Parnu_Linna_Vaeslastekohus, lk 7
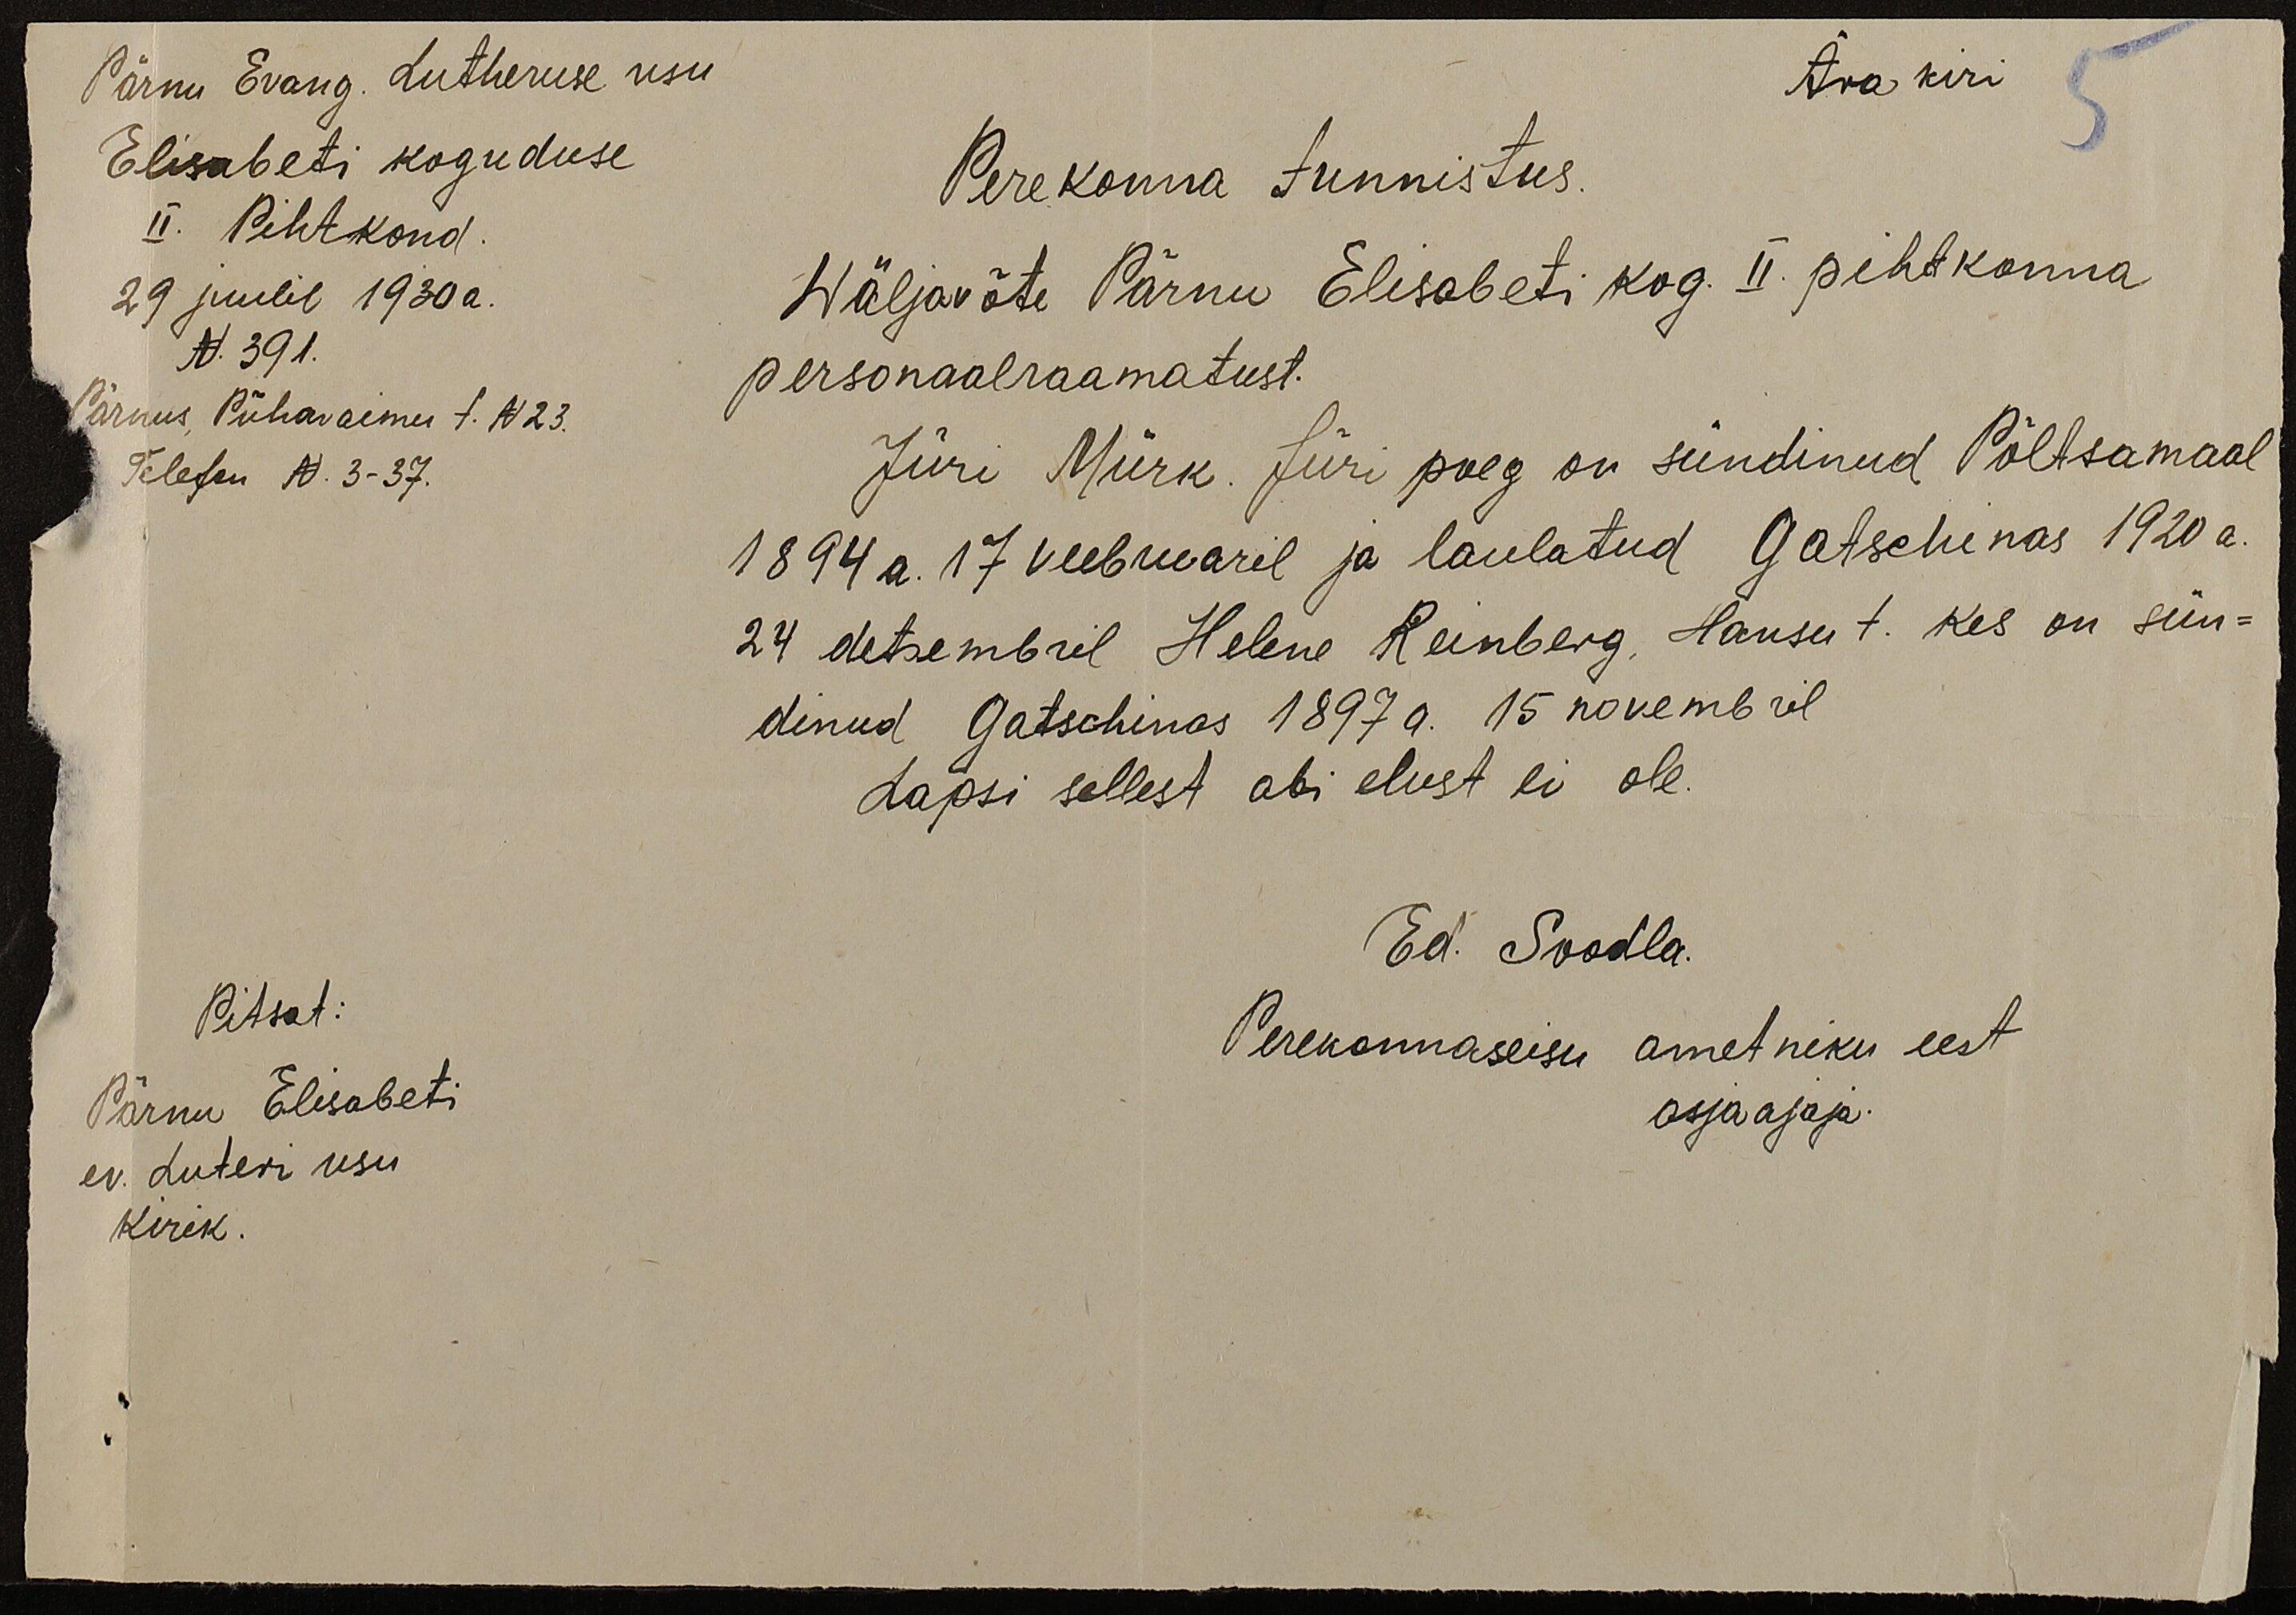
Pärnu Evang. Lutheruse usu
Ära kiri
Elisabeti koguduse
Perekonna tunnistus.
II. Pihtkond.
29 juulil 1930a.
Wäljavõte Pärnu Elisabeti kog. II. pihtkonna
N. 391.
Pärnus, Pühavaimu t. N23.
personaalraamatust.
Telefon N. 3-37.
Jüri Mürk. Jüri poeg on sündinud Põltsamaal
1894 a. 17 veebruaril ja laulatud Gatschinas 1920 a.
24 detsembril Helene Reinberg, Hansu t. kes on sün-
dinud Gatschinas 1897 a. 15 novembril
Lapsi sellest abi elust ei ole
Pitsat:
Pärnu Elisabeti
ev. Luteri usu
kirik.
Ed. Soodla.
Perekonnaseisu ametniku eest
asjaajaja.